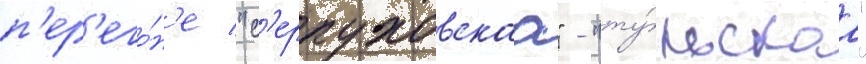
п'ер'его́н'е "с'ерпуховскаа" - "ту́льскаа"